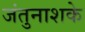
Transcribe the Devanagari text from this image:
जंतुनाशके